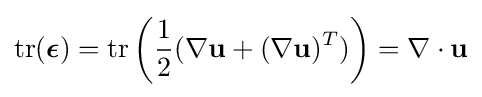
\operatorname {tr} ({\boldsymbol {\epsilon }})=\operatorname {tr} \left({\frac {1}{2}}(\nabla \mathbf {u} +(\nabla \mathbf {u} )^{T})\right)=\nabla \cdot \mathbf {u}